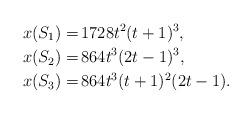
LaTeX: \begin{align*}x(S_1) = & \,1728t^2(t+1)^3,\\x(S_2) = & \, 864t^3(2t-1)^3,\\x(S_3) = & \,864t^3(t+1)^2(2t-1).\end{align*}